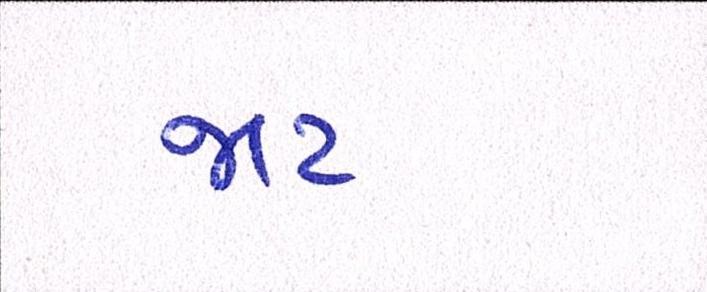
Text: જાટ